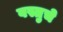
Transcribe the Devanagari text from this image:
वस्तुचे